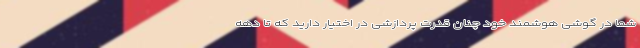
شما در گوشی هوشمند خود چنان قدرت پردازشی در اختیار دارید که تا دهه